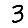
Digit: 3